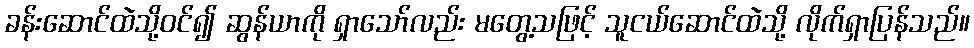
ခန်းဆောင်ထဲသို့ဝင်၍ ဆွန်ယာကို ရှာသော်လည်း မတွေ့သဖြင့် သူငယ်ဆောင်ထဲသို့ လိုက်ရှာပြန်သည်။